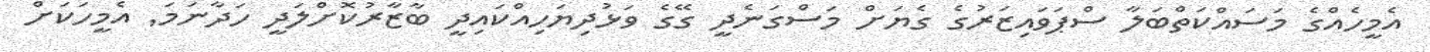
އެމީހެއްގެ މަސައްކަތްބަލާ ސްޕަވައިޒަރުގެ ގެޔަށް މަސްގަނެދީ ގޭގެ ވަޅުދިޔަހިއްކައިދީ ބާޒާރުކޮށްލަދީ ހަދާނަމަ